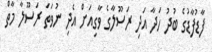
ފާޑުފާޑުގެ ބުދު ހަދާ އަދި ރަސޫލާގެ ވާގިއަށް އެދި ނުވަތަ ރަސޫލާ މާތް